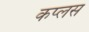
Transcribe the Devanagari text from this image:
कप्लस